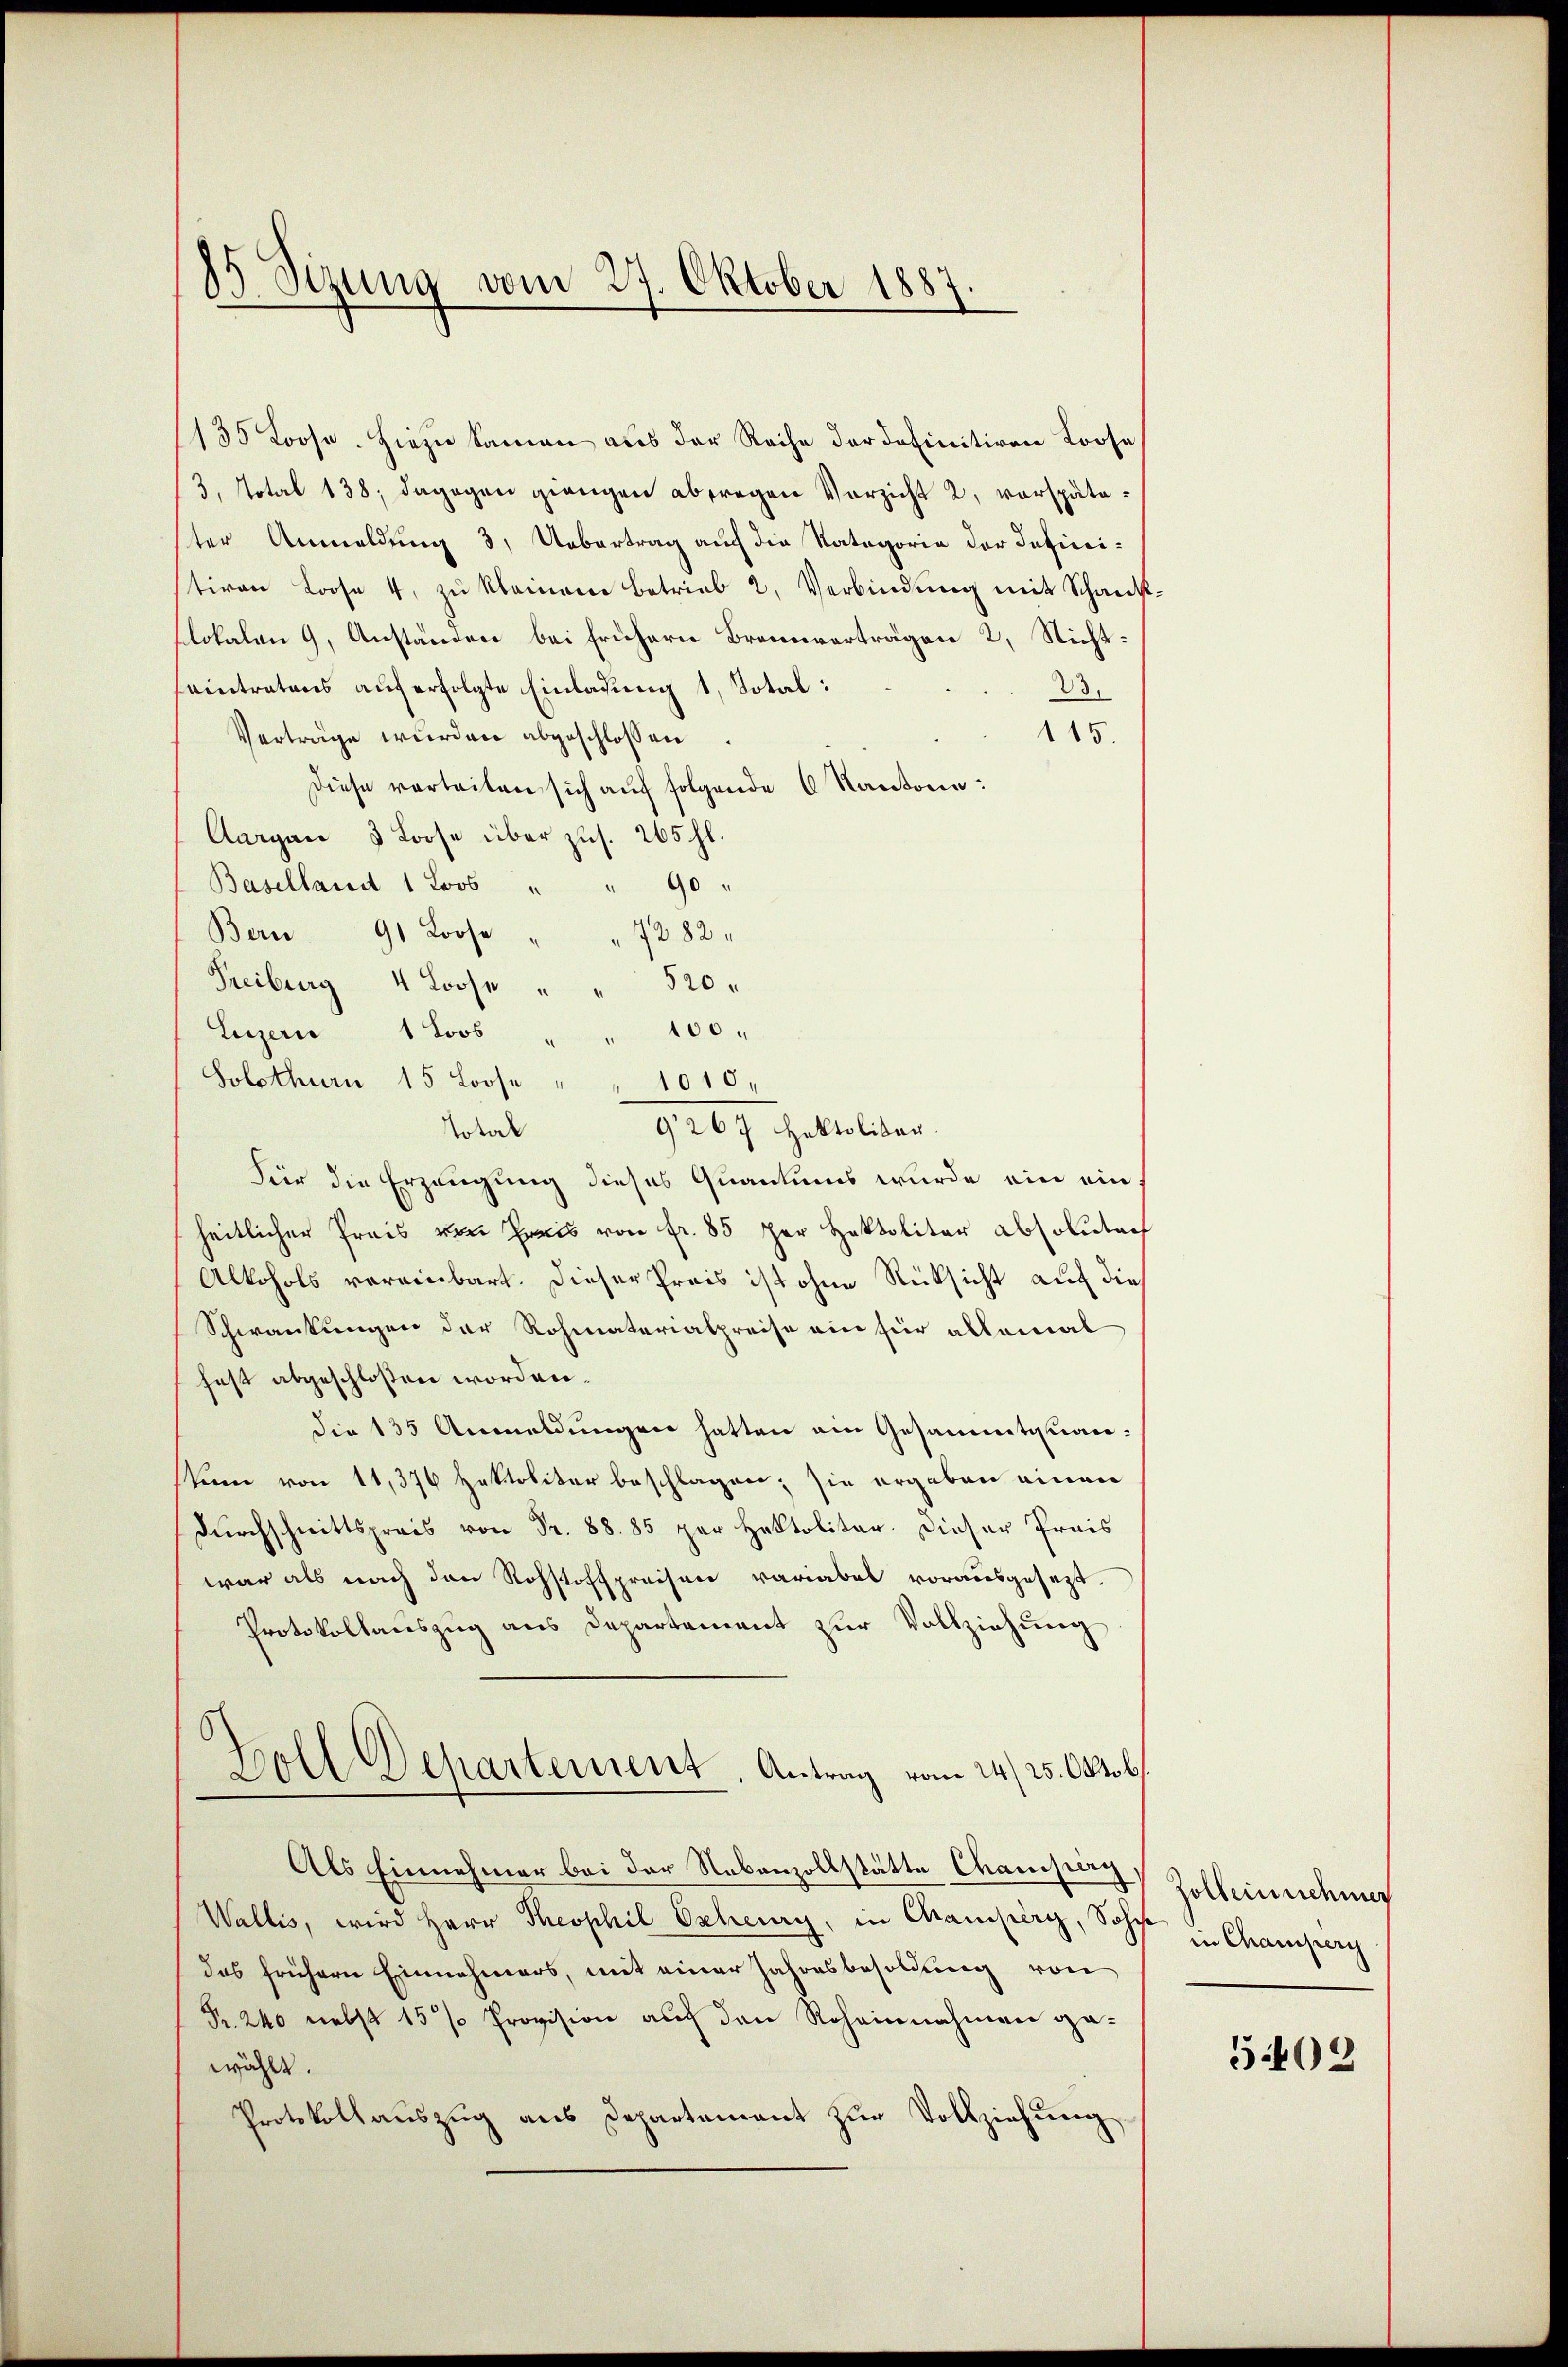
85 Sizung vom 27. Oktober 1887.

135 Loose. Hiezu Samen aus der Reihe der definitiven Loose
3, Notal 138; dagegen grangen abtragen Verzicht 2, verspäteter Anmeldung 3, Uebertrag auf die Kategorie der Infinitiven Loose 4. zu kleinem betrieb 2, Verbindung mit Schankslokalen 9, Anständen bei frühern Brennerträgen 2, Nicht:
eintretens auf erfolgte Einladung 1 Dotal:
23.
115.
Verträge wurden abgeschlossen
Diese verteilen sich auf folgende 6 Kantone:
Aargau 3 Loose über zus. 265 fl.
Baselland 1 Loos " " 90 "
Bern 91 Loose " " 7282.
Freiburg 4 Loose " " 520.
Luzern 1 Loos " " 100 "
Solothurn 15 Loose " " 1010,
9267 Hektoliber.
Total
Für die Erzeugung dieses Quantums wurde ein einheitlicher Preis von Preis von fr. 85 per Hektolitar absolutach
Alkohols vereinbart. Dieser Preis ist ohne Rücksicht auf die
Schwankungen der Rohmaterialpreise ein für allemal
fest abgeschloßen worden.
die 135 Anmeldungen hatten ein Gesammtquanstum von 11,376 Hektoliter beschlagen; sie ergaben einen
durchschnittspreis von Fr. 88. 85 per Haltalitär. Dieser Preis
war als nach den Rohstoffpreisen variabel vorausgesetzt.
Protokollauszug aus Departement zur Vollziehung
Holl Departement, Antrag vom 24. 25. Oktob
Als Einnehmer bei der Nebenzollstätte Champag
Wallis, wird Herr Theophil Escheury, in Champerg, Sohn
das frühern Einnahmers, mit einer Jahresbesoldung von
Pr. 240 nebst 15 % Provision auf den Roheinnahmen gewählt.
Protokollauszug aus Departement zŭr Vollziehung

Zollein nehmen
in Champerg

5409